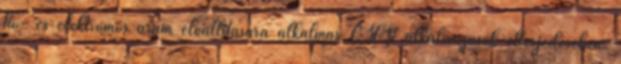
hő- és elektromos áram előállítására alkalmas CHP alkalmazások elterjedésében.